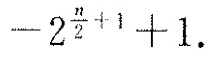
- 2 ^ { \frac { n } { 2 } + 1 } + 1$$